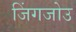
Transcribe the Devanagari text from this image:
जिंगजोउ